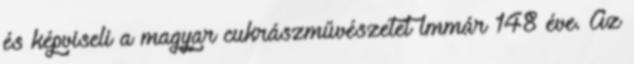
és képviseli a magyar cukrászművészetet immár 148 éve. Az